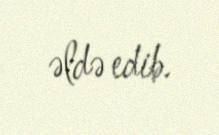
əldə edib.